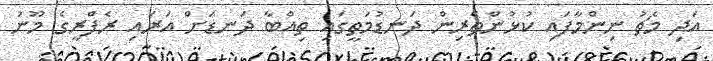
އަދި މެޗު ނިންމާފައި ކުޅުންތެރިން ދަނޑުމަތީގައި ތިއްބާ ދަނޑަށް އަރައި ރެފްރީގެ މޫނު